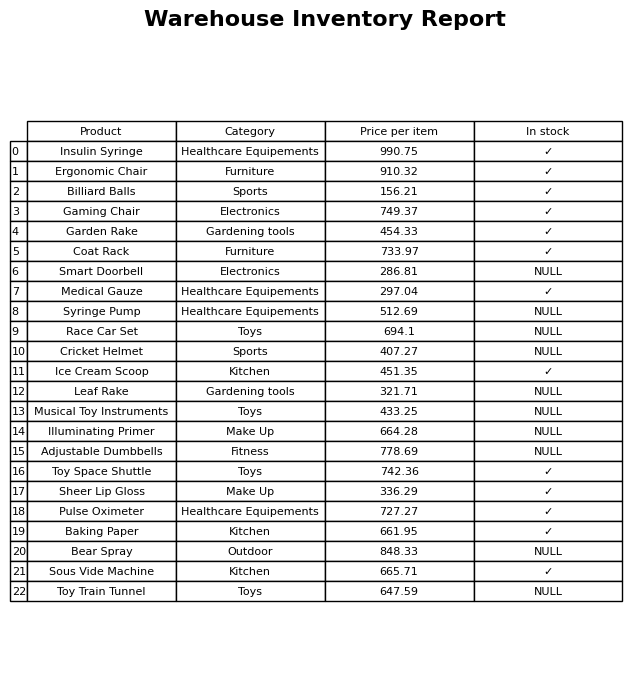
question: What is the stock status of the Smart Doorbell?
answer: NULL